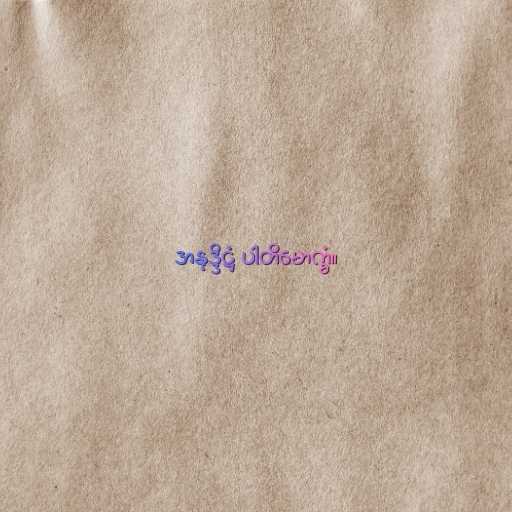
အနုဒ္ဒိဋ္ဌံ ပါတိမောက္ခံ။